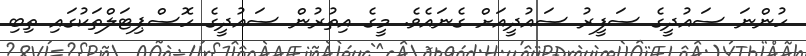
ހުންނަ ސައުދީގެ ސަފީރު ސައުދީއަށް ގެނައެވެ. މީގެ އިތުރުން ސައުދީގެ ހޮސްޕިޓަލްތަކުގައި ތިބި